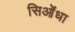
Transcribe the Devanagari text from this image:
सिओंधा